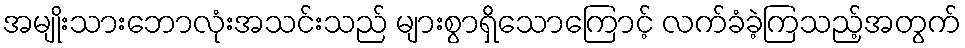
အမျိုးသားဘောလုံးအသင်းသည် များစွာရှိသောကြောင့် လက်ခံခဲ့ကြသည့်အတွက်